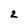
Character: 2